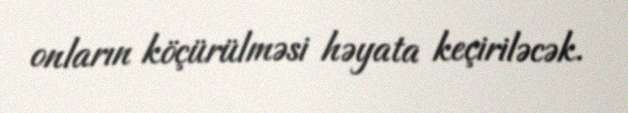
onların köçürülməsi həyata keçiriləcək.